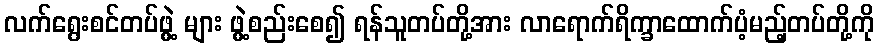
လက်ရွေးစင်တပ်ဖွဲ့ များ ဖွဲ့စည်းစေ၍ ရန်သူတပ်တို့အား လာရောက်ရိက္ခာထောက်ပံ့မည့်တပ်တို့ကို